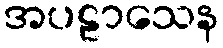
အပဠာသေန